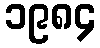
၁၉၈၄